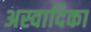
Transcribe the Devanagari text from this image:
अस्वादिका